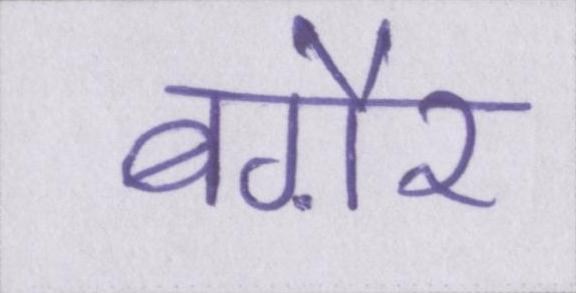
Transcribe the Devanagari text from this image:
बग़ैर